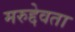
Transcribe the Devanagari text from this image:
मरुद्देवता